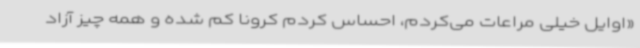
«اوایل خیلی مراعات می‌کردم، احساس کردم کرونا کم شده و همه چیز آزاد